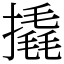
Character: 撬